Plague in India, 1896, 1897 - Volume 1
Year: 1896
Disease focus: Plague
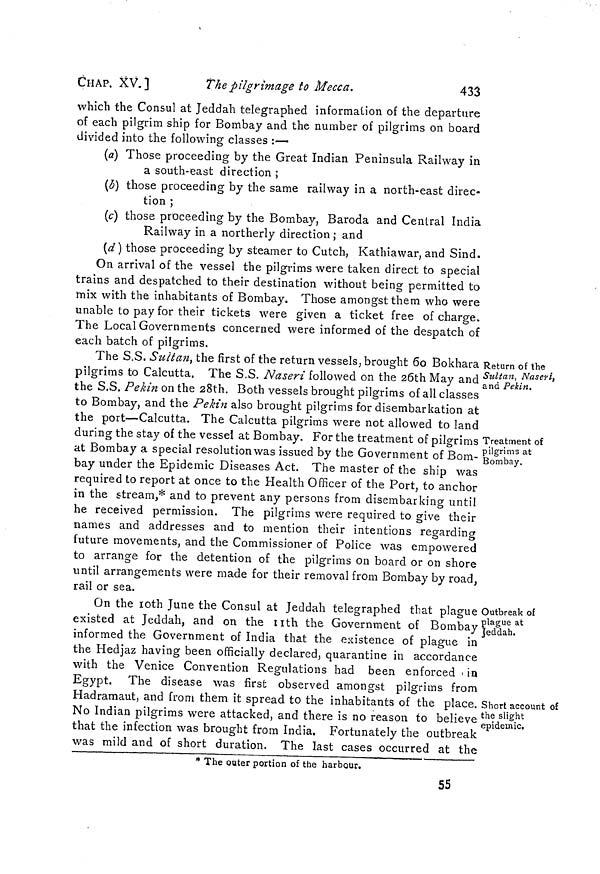
CHAP. XV.]
The pilgrimage to Mecca.
433
which the Consul at Jeddah telegraphed information of the departure
of each pilgrim ship for Bombay and the number of pilgrims on board
divided into the following classes :—
(a) Those proceeding by the Great Indian Peninsula Railway in
a south-east direction ;
(b) those proceeding by the same railway in a north-east direc-
tion ;
(c) those proceeding by the Bombay, Baroda and Central India
Railway in a northerly direction ; and
(d) those proceeding by steamer to Cutch, Kathiawar, and Sind.
On arrival of the vessel the pilgrims were taken direct to special
trains and despatched to their destination without being permitted to
mix with the inhabitants of Bombay. Those amongst them who were
unable to pay for their tickets were given a ticket free of charge.
The Local Governments concerned were informed of the despatch of
each batch of piigrims.
Return of the
Sultan, Naseri,
and Pekín.
The S.S. Sultan } the first of the return vessels, brought 60 Bokhara
pilgrims to Calcutta. The S.S. Naseri followed on the 26th May and
the S.S. Pékin on the 28th. Both vessels brought pilgrims of all classes
to Bombay, and the Pékin also brought pilgrims for disembarkation at
the port—Calcutta. The Calcutta pilgrims were not allowed to land
Treatment of
pilgrims at
Bombay.
during the stay of the vessel at Bombay. For the treatment of pilgrims
at Bombay a special resolution was issued by the Government of Bom-
bay under the Epidemic Diseases Act. The master of the ship was
required to report at once to the Health Officer of the Port, to anchor
in the stream,* and to prevent any persons from disembarking until
he received permission. The pilgrims were required to give their
names and addresses and to mention their intentions regarding o
&
future movements, and the Commissioner of Police was empowered
to arrange for the detention of the pilgrims on board or on shore
until arrangements were made for their removal from Bombay by road,
rail or sea.
Outbreak of
Plague at
Jeddah.
On the 10th June the Consul at Jeddah telegraphed that plague
existed at Jeddah, and on the nth the Government of Bombay
informed the Government of India that the existence of plague in
the Hedjaz having been officially declared, quarantine in accordance
with the Venice Convention Regulations had been enforced > in
Egypt. The disease was first observed amongst pilgrims from
Hadramaut, and from them it spread to the inhabitants of the place. Short account of
the slight
epidemic.
No Indian pilgrims were attacked, and there is no reason to believe
that the infection was brought from India. Fortunately the outbreak
was mild and of short duration. The last cases occurred at the
* The outer portion of the harbour.
55